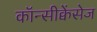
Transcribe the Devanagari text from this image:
कॉन्सीक्वेंसेज